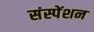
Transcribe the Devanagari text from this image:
संस्पेंशन